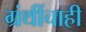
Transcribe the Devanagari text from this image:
ग्रंथींचाही